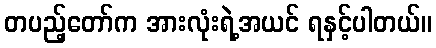
တပည့်တော်က အားလုံးရဲ့အယင် ရနှင့်ပါတယ်။